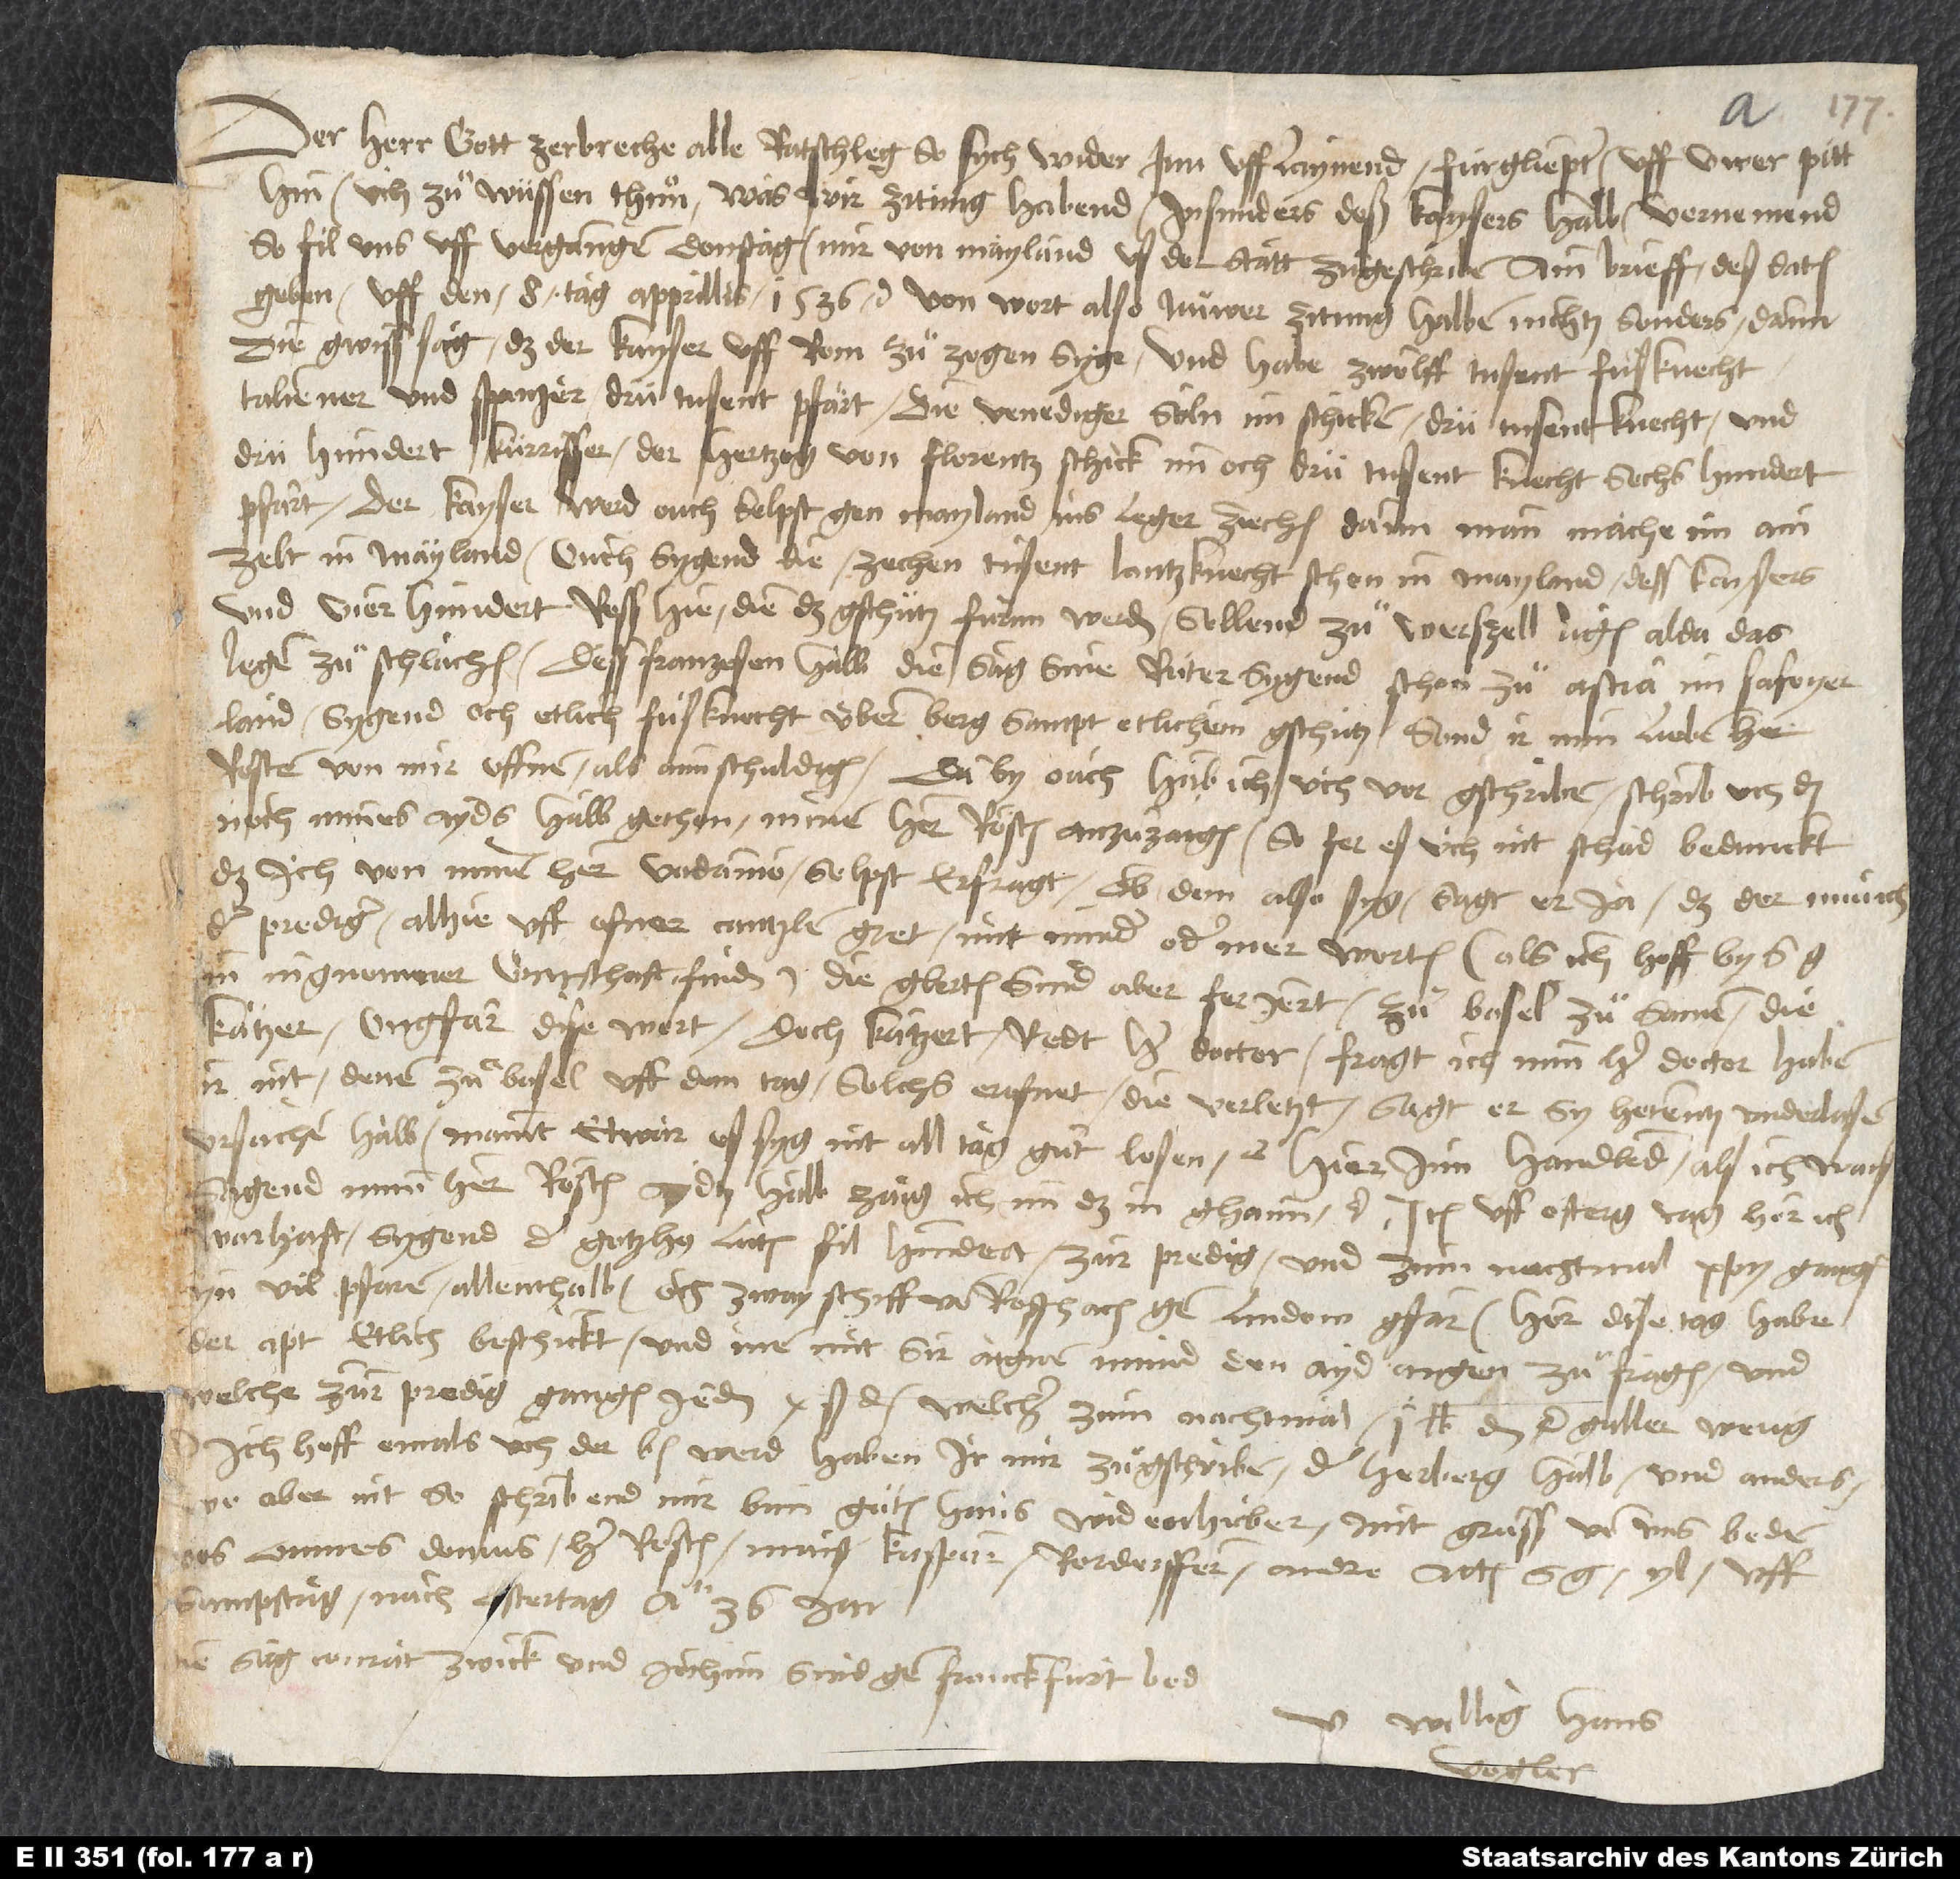
Der herr gott zerbreche alle ratschleg, so sych wider inn ufflaynend. Fürgliepter, uff üwer pitt
hin, üch zu wüssen thuͦn, was wir zitung habend, insunders deß kaysers halb, venemend:
So fil uns uff vergangen donstag, mir von Mayland us der statt zuͦgeschriben ain brieff des datum
geben uff den 8. tag apprillis 1536 etc., von wort also: Nüwer zitung halben nichtz sonders, dann
die gwiss sag, daß der kayser uff Rom zuͦ zogen syge und habe zwölff tusent fuͦsknecht,
Taliener und Spanjer, drütusent pfärt. Die Venediger söln im schicken drütusent knecht und
drühundert kürrisser. Der hertzog von Florentz schick im och drütusent knecht, sechshundert
pfärt. Der kayser werd ouch selpst gen Mayland ins leger ziechen; dann man mache im ain
zelt in Mayland. Ouch sygend die zechentusent lantzknecht schon in Mayland, dess kaysers,
und vierhundert ross hie, die das gschütz fürnn werden, sollend zuͦ Werszell ligen, aida das
leger zuͦ schlachen. Dess Franzosen halb die sag, sine rüter sygend schon zuͦ Astia in Safoyer
land; sygend och etlich fuͦsknecht übern berg sampt etlichem gschütz. Sond ir mim lieben her
Rosten von mir offnen als aim schuldigen, daby ouch hab ich üch vor gschriben, schrib üch das
noch, mines ayds halb gethon, minem her Rösten anzuzaigen, so fer es üch nit schad bedunckt,
daß ich von minem her Vadiano selpst erfragt, ob dem also syg, sagt er ja, daß der münch,
der prediger, alhie uff ofner cantzlen gret mit minder oder mer worten (ais ich hoff, by S
in ingnomner kontschaft finden): "Die glerten sind aber feriert zuͦ Basel zuͦsamen, die
kätzer", ongfar dise wort, doch kätzert, redt herr doctor. Fragt ich min herr doctor: "Haben
ir nit denen zuͦ Basel uff dem tag solchs erofnet, die verletzt?" Sagt er, sy hetentz underlasen,
ursachen halb. Maint etwar, es syg nit all tag guͦt losen etc. Hierinn handlend, als ich wais.
Sagend mim her Rösten, aydtz halb zaig ich im das in ghaim etc. Item uff ostertag, hör ich
warhaft, sygend der gotzshus lüten fil hundert zur predig und zum nachtmal Christi gangen
in vil pfaren allenthalb, och zway schiff von Roschach gen Lindow gfarn. Hor, dise tag habe
der apt etlich beschickt und inen mit sim eignen mund den ayd angen, zuͦ fragen, und
weiche zur predig gangen, jedem 10 ß d, welcher zum nachtmal 1 lib. d S Galler werig.
Ich hoff, emals üch der bf werd, haben ir mir zuͦgschriben der herberg halb und anders;
wo aber nit, so schribend mir bim guͦten Hans Widenhuber. Mit grüss von uns beden
vos omnes, domus, her Rösten, maister Kasparn, Rordorffern, andre. Actum S.
sampstag nach ostertag anno 36. jar.
Die sag, Conrat Zwick und Jochim sind gen Franckfurt bed.
U willig Hans